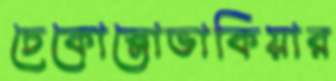
চেকোস্লোভাকিয়ার